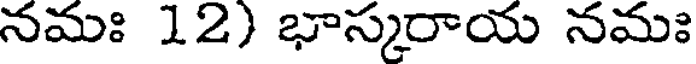
నమః 12) భాస్కరాయ నమః